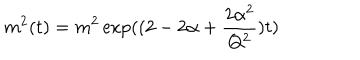
m ^ { 2 } ( t ) = m ^ { 2 } \exp ( ( 2 - 2 \alpha + \frac { 2 \alpha ^ { 2 } } { Q ^ { 2 } } ) t )